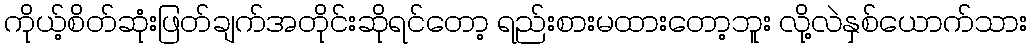
ကိုယ့်စိတ်ဆုံးဖြတ်ချက်အတိုင်းဆိုရင်တော့ ရည်းစားမထားတော့ဘူး လို့လဲနှစ်ယောက်သား